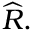
{ \widehat { R } } .